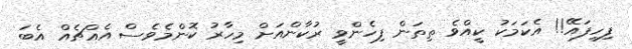
ފިހިފައޭ!! އެކަމަކު ކީއްވެ ތިތަން ފިހެންވީ ރުކާންއަށް މިހާރު ކޮންމެވެސް އެއްޗެއް އެބަ